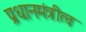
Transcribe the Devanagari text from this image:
प्रधानमंत्रीत्व